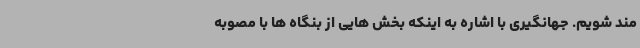
مند شویم. جهانگیری با اشاره به اینکه بخش هایی از بنگاه ها با مصوبه